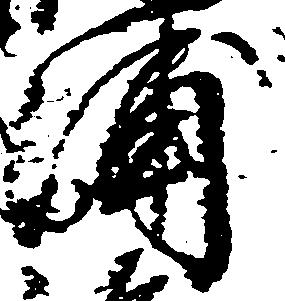
浦